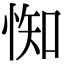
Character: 𢛍